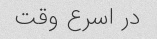
در اسرع وقت